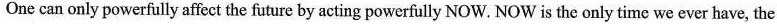
One can only powerfully affect the future by acting powerfully NOW. NOW is the only time we ever have, the